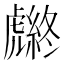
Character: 𧈆